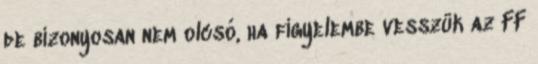
de bizonyosan nem olcsó, ha figyelembe vesszük az FF